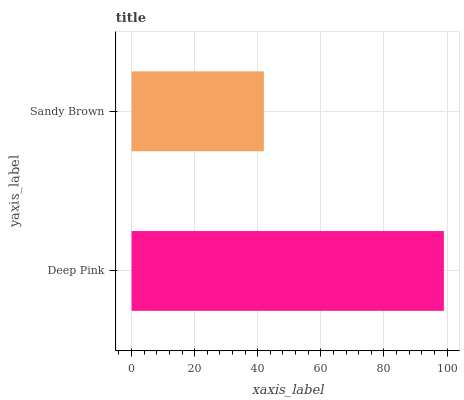
| yaxis_label | bars |
 | --- | --- |
 | Deep Pink | 99 |
 | Sandy Brown | 41.9 |